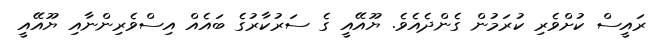
ރައީސް ކުށްވެރި ކުރަމުން ގެންދެއެވެ. ޔޫއޭއީ ގެ ސަރުކާރުގެ ބައެއް އިސްވެރިންނާއި ޔޫއޭއީ